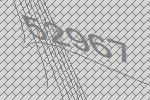
52967